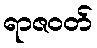
ရာဇဝတ်